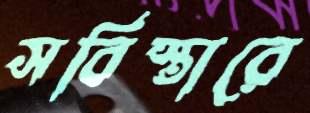
সবিস্তারে